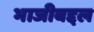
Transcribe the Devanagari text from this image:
भाजीबद्दल